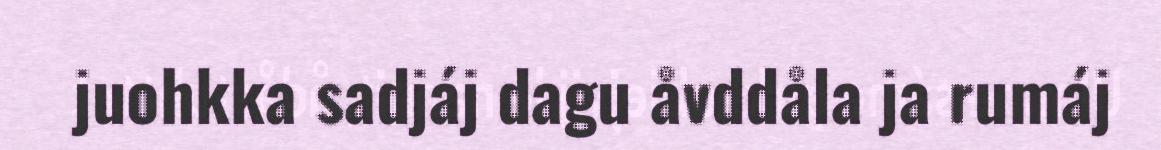
juohkka sadjáj dagu åvddåla ja rumáj